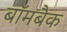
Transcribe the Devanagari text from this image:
बॉमबैक